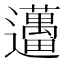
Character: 𨙗